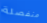
منفصلة